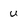
Character: U